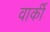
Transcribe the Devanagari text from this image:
वार्की